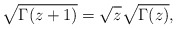
\begin{align*}\sqrt{\Gamma(z+1)} =\sqrt z \sqrt{\Gamma(z)},\end{align*}